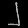
Digit: ၂